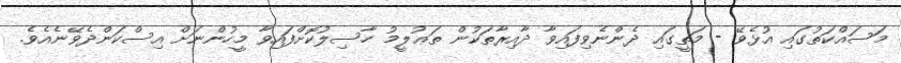
މަސައްކަތުގައި އުޅެވޭ - މަތީގައި ދެންނެވިފައިވާ ދާއިރާތަކުން ތަޢުލީމު ހާސިލުކޮށްފައިވާ މީހުންނަށް އިސްކަންދެވޭނެއެވެ.